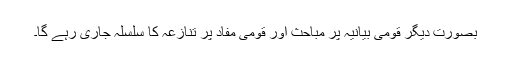
بصورت دیگر قومی بیانیہ پر مباحث اور قومی مفاد پر تنازعہ کا سلسلہ جاری رہے گا۔